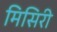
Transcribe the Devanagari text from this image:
मिसिरी